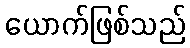
ယောက်ဖြစ်သည်